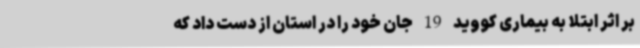
بر اثر ابتلا به بیماری کووید 19 جان خود را در استان از دست داد که